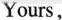
Yours，